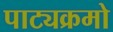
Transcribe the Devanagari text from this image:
पाट्यक्रमो